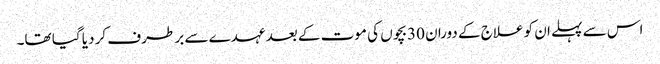
اس سے پہلے ان کو علاج کے دوران 30بچوں کی موت کے بعد عہدے سے بر طرف کر دیا گیا تھا۔